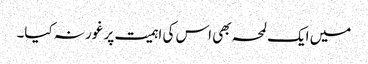
میں ایک لمحہ بھی اس کی اہمیت پر غور نہ کیا۔